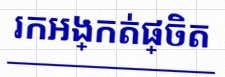
រកអង្កត់ផ្ចិត